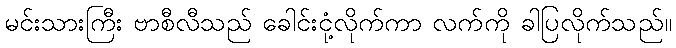
မင်းသားကြီး ဗာစီလီသည် ခေါင်းငုံ့လိုက်ကာ လက်ကို ခါပြလိုက်သည်။